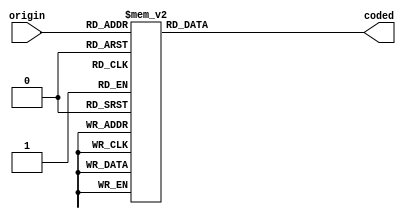
module da_coder
(
    input wire [2:0] origin,
    output reg [2:0] coded
);

always @(origin)
begin
    case(origin)
        0: coded = 0;
        1: coded = 4;
        2: coded = 2;
        3: coded = 6;
        4: coded = 1;
        5: coded = 5;
        6: coded = 3;
        7: coded = 7;
    endcase
end

endmodule